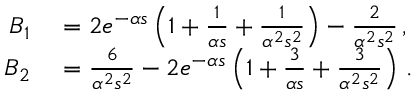
\begin{array} { r l } { B _ { 1 } } & { { } = 2 e ^ { - \alpha s } \left( 1 + \frac { 1 } { \alpha s } + \frac { 1 } { \alpha ^ { 2 } s ^ { 2 } } \right) - \frac { 2 } { \alpha ^ { 2 } s ^ { 2 } } \, , } \\ { B _ { 2 } } & { { } = \frac { 6 } { \alpha ^ { 2 } s ^ { 2 } } - 2 e ^ { - \alpha s } \left( 1 + \frac { 3 } { \alpha s } + \frac { 3 } { \alpha ^ { 2 } s ^ { 2 } } \right) \, . } \end{array}